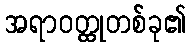
အရာဝတ္ထုတစ်ခု၏